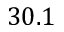
3 0 . 1